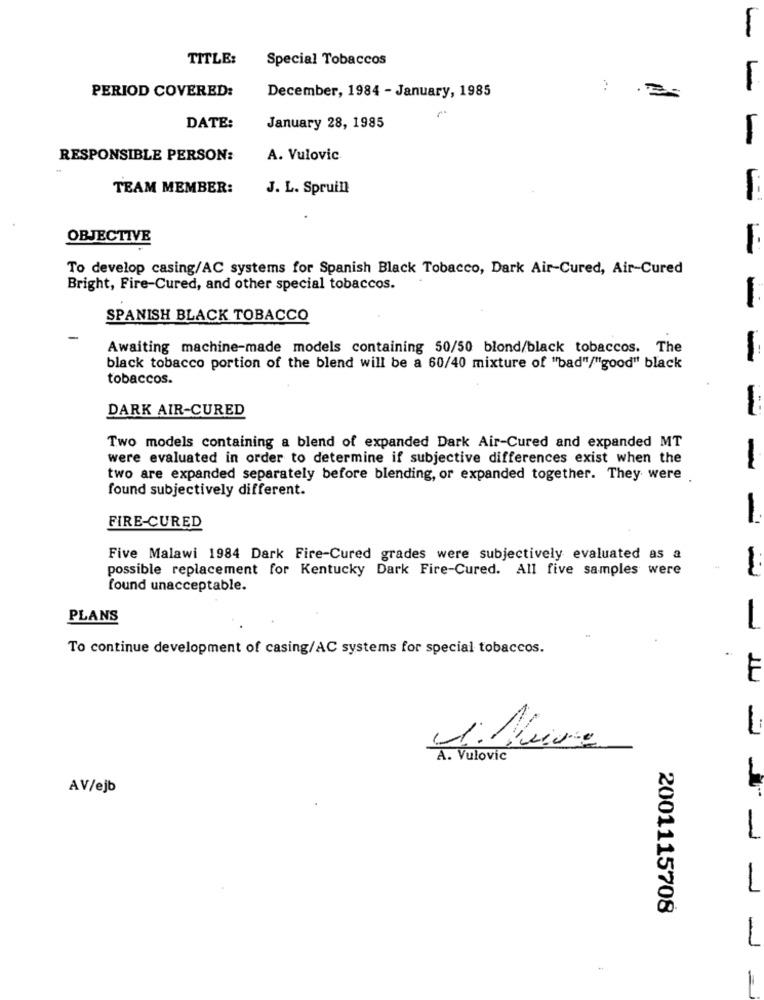
TITLE:
Special Tobaccos
PERIOD COVERED:
December, 1984 - January, 1985
DATE:
January 28, 1985
-
RESPONSIBLE PERSON:
A. Vulovic
TEAM MEMBER:
J. L. Spruill
OBJECTIVE
To develop casing/AC systems for Spanish Black Tobacco, Dark Air-Cured, Air-Cured
Bright, Fire-Cured, and other special tobaccos.
-
SPANISH BLACK TOBACCO
Awaiting machine-made models containing 50/50 blond/black tobaccos. The
black tobacco portion of the blend will be a 60/40 mixture of "bad"/"good" black
tobaccos.
DARK AIR-CURED
Two models containing a blend of expanded Dark Air-Cured and expanded MT
were evaluated in order to determine if subjective differences exist when the
two are expanded separately before blending, or expanded together. They were
found subjectively different.
FIRE-CURED
Five Malawi 1984 Dark Fire-Cured grades were subjectively evaluated as a
possible replacement for Kentucky Dark Fire-Cured. All five samples were
found unacceptable.
PLANS
-
To continue development of casing/AC systems for special tobaccos.
F
A. Vulovic
AV/ejb
2001115708